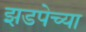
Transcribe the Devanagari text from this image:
झडपेच्या